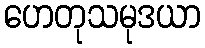
ဟေတုသမုဒယာ